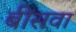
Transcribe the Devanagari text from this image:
बींसवा